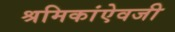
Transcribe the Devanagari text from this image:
श्रमिकांऐवजी